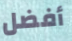
أفضل